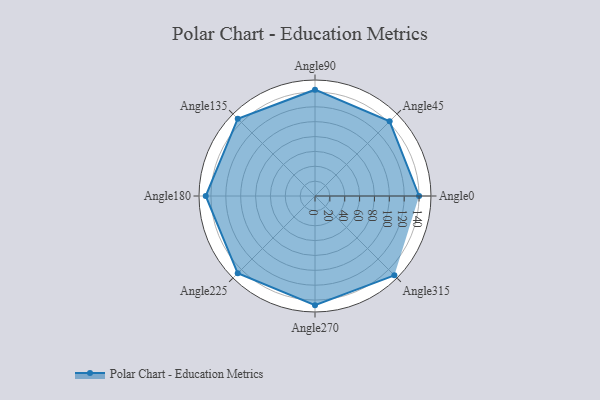
{"axis": {"x": "Angle", "y": "Radius"}, "legend": [""], "data": [{"x": "Angle0", "y": 140.0, "type": ""}, {"x": "Angle45", "y": 142.0, "type": ""}, {"x": "Angle90", "y": 143.0, "type": ""}, {"x": "Angle135", "y": 147.0, "type": ""}, {"x": "Angle180", "y": 147.0, "type": ""}, {"x": "Angle225", "y": 147.0, "type": ""}, {"x": "Angle270", "y": 147.0, "type": ""}, {"x": "Angle315", "y": 151.0, "type": ""}]}